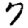
Digit: 7